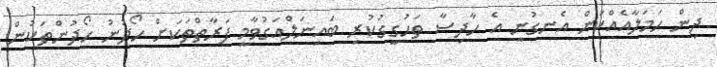
ދިން ހަމަލާއެއްކަން އެނގުނީ އެ ހާދިސާ ތަހުގީގުކުރި ބައިނަލްއަގުވާމީ ފަރާތްތަކަށް ހޯދުނު ހޯދުންތަކުން